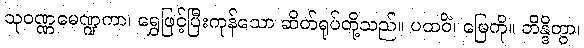
သုဝဏ္ဏမေဏ္ဍကာ၊ ရွှေဖြင့်ပြီးကုန်သော ဆိတ်ရုပ်တို့သည်။ ပထဝိံ၊ မြေကို။ ဘိန္ဒိတွာ၊